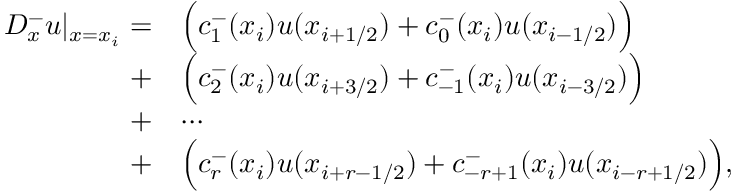
\begin{array} { r l } { D _ { x } ^ { - } u | _ { x = x _ { i } } = } & { \Big ( c _ { 1 } ^ { - } ( x _ { i } ) u ( x _ { i + 1 / 2 } ) + c _ { 0 } ^ { - } ( x _ { i } ) u ( x _ { i - 1 / 2 } ) \Big ) } \\ { + } & { \Big ( c _ { 2 } ^ { - } ( x _ { i } ) u ( x _ { i + 3 / 2 } ) + c _ { - 1 } ^ { - } ( x _ { i } ) u ( x _ { i - 3 / 2 } ) \Big ) } \\ { + } & { \cdots } \\ { + } & { \Big ( c _ { r } ^ { - } ( x _ { i } ) u ( x _ { i + r - 1 / 2 } ) + c _ { - r + 1 } ^ { - } ( x _ { i } ) u ( x _ { i - r + 1 / 2 } ) \Big ) , } \end{array}